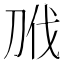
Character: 𭃝